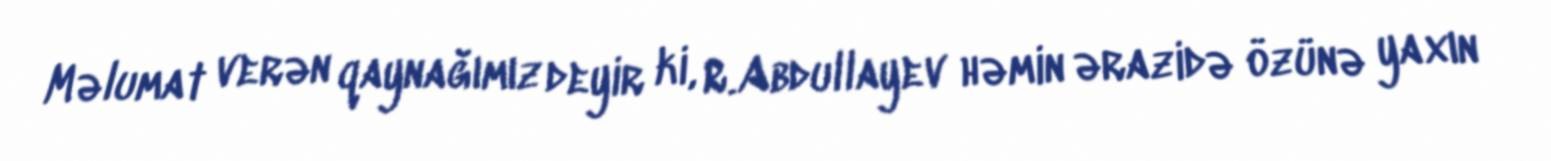
Məlumat verən qaynağımız deyir ki, R.Abdullayev həmin ərazidə özünə yaxın